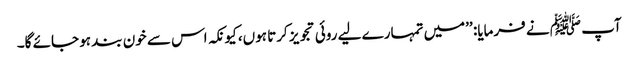
آپ ﷺ نے فرمایا: ’’میں تمہارے لیے روئی تجویز کرتا ہوں، کیونکہ اس سے خون بند ہو جائے گا۔